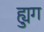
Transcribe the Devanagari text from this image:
ह्युग